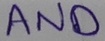
Text: AND